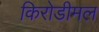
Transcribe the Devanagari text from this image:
किरोडीमल